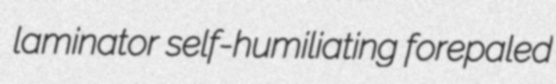
laminator self-humiliating forepaled